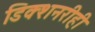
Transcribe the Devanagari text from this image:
डिक्शनरीही